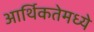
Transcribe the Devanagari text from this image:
आर्थिकतेमध्ये